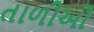
તાળીઓ